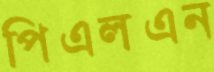
পিএলএন